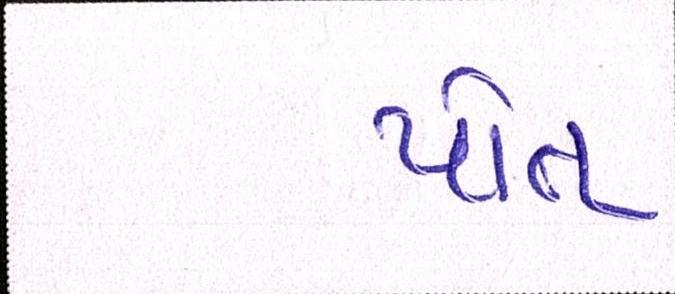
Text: પોત